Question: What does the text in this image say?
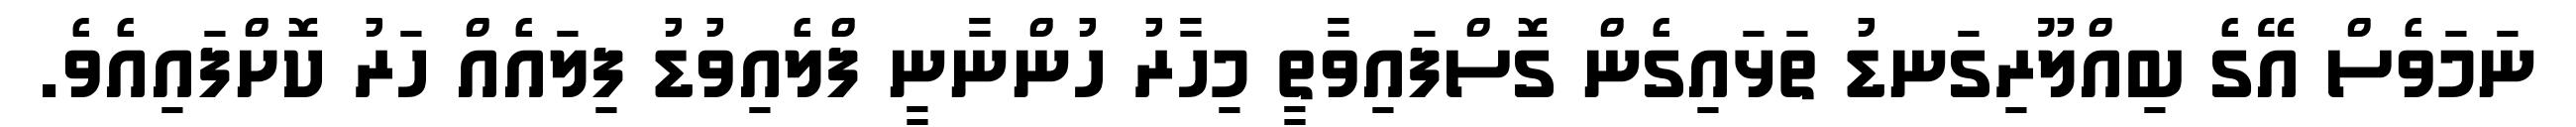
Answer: ނަމަވެސް އޭގެ ބިއްލޫރިގަނޑު ތަޅައިގެން ގޮސްފައިވާތީ މިހާރު ހުންނާނީ ފްލެއިވުޑު ފިލައެއް ހަރު ކޮށްފައިއެވެ.